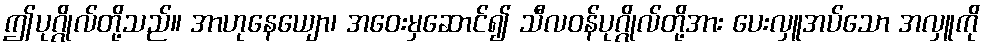
ဤပုဂ္ဂိုလ်တို့သည်။ အာဟုနေယျော၊ အဝေးမှဆောင်၍ သီလဝန်ပုဂ္ဂိုလ်တို့အား ပေးလှူအပ်သော အလှူကို